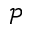
\mathscr { P }